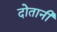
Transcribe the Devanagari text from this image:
दोतानी